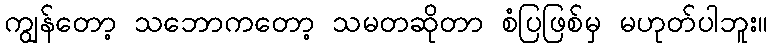
ကျွန်တော့ သဘောကတော့ သမတဆိုတာ စံပြဖြစ်မှ မဟုတ်ပါဘူး။